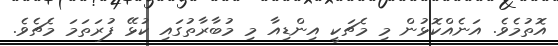
އޮތުމެވެ. އަނެއްކޮޅުން މި މެޗަކީ އިންޑިއާ މި މުބާރާތުގައި ކުޅޭ ފުރަތަމަ މެޗެވެ.